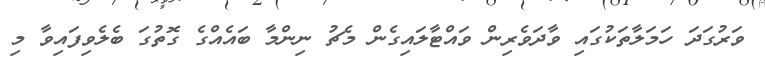
ވަރުގަދަ ހަމަލާތަކުގައި ވާދަވެރިން ވައްޓާލައިގެން މެޗު ނިންމާ ބައެއްގެ ގޮތުގަ ބެލެވިފައިވާ މި